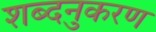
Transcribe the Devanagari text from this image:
शब्दनुकरण